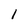
Character: l